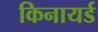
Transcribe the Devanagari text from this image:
किनायर्ड